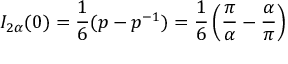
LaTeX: I _ { 2 \alpha } ( 0 ) = \frac { 1 } { 6 } ( p - p ^ { - 1 } ) = \frac { 1 } { 6 } \left( \frac { \pi } { \alpha } - \frac { \alpha } { \pi } \right)